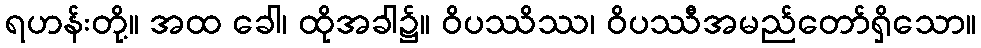
ရဟန်းတို့။ အထ ခေါ၊ ထိုအခါ၌။ ဝိပဿိဿ၊ ဝိပဿီအမည်တော်ရှိသော။